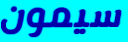
سيمون